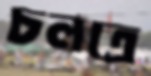
চলত্রে